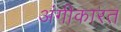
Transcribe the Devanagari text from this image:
अंगीकारत